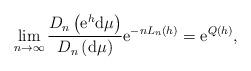
LaTeX: \begin{align*} \lim_{n\to \infty} \frac{D_n\left({\rm e}^h {\rm d}\mu\right)}{D_n\left({\rm d} \mu \right)}{\rm e}^{-n L_n(h)}= {\rm e}^{Q(h)},\end{align*}